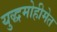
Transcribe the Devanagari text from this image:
युद्धमोहीमेत